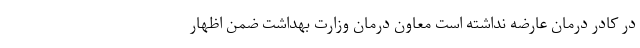
در کادر درمان عارضه نداشته است معاون درمان وزارت بهداشت ضمن اظهار